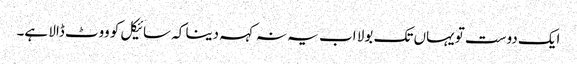
ایک دوست تو یہاں تک بولا اب یہ نہ کہہ دینا کہ سائیکل کو ووٹ ڈالا ہے۔